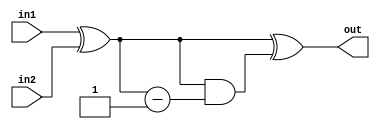
module diff(input [31:0] in1, input [31:0] in2, output [31:0] out);
    wire [31:0] val, val2;
    assign val = in1^in2;
    assign val2 = val&(val-1);
    assign out = val^val2;
endmodule